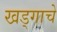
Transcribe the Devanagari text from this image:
खड्गाचे